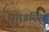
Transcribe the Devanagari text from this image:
पारडसिंगा